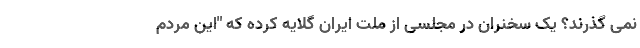
نمی‌ گذرند؟ یک سخنران در مجلسی از ملت ایران گلایه کرده که "این مردم